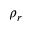
\rho _ { r }